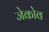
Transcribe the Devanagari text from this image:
जेकोव